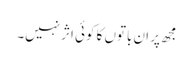
مجھ پر ان باتوں کا کوئی اثر نہیں۔